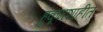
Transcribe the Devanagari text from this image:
हुकूमशाहीत